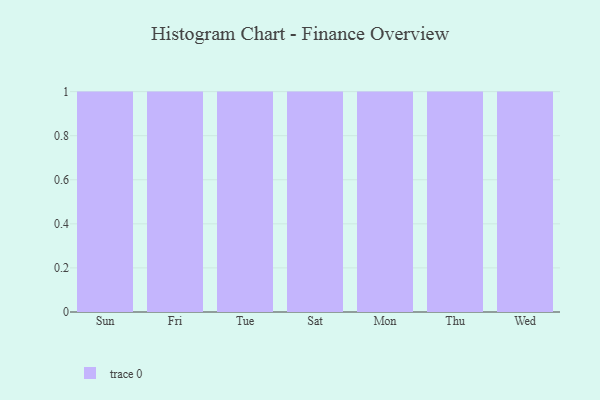
{"axis": {"x": "Day", "y": "Net Income (USD K)"}, "legend": [""], "data": [{"x": "Sun", "y": 93, "type": ""}, {"x": "Fri", "y": 95, "type": ""}, {"x": "Tue", "y": 95, "type": ""}, {"x": "Sat", "y": 78, "type": ""}, {"x": "Mon", "y": 100, "type": ""}, {"x": "Thu", "y": 81, "type": ""}, {"x": "Wed", "y": 9, "type": ""}]}